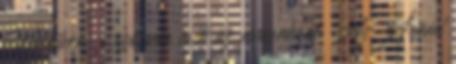
Káltiban - szó sem esik az avarokról. Az Árpád